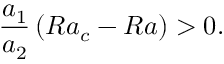
\frac { a _ { 1 } } { a _ { 2 } } \left( R a _ { c } - R a \right) > 0 .